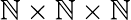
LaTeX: \mathbb{N}\times\mathbb{N}\times\mathbb{N}